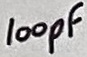
Text: 100pF